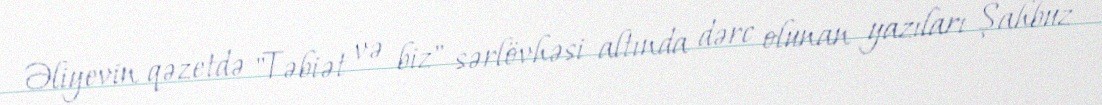
Əliyevin qəzetdə "Təbiət və biz" sərlövhəsi altında dərc olunan yazıları Şahbuz